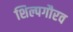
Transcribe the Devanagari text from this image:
शिल्पगौरव